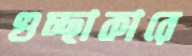
গুচ্ছাকারে